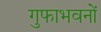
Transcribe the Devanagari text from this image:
गुफाभवनों